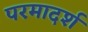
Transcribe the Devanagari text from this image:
परमादर्श